Civil Veterinary Department. Central Provinces & Berar 1925-31 - 1925-1931
Year: 1925
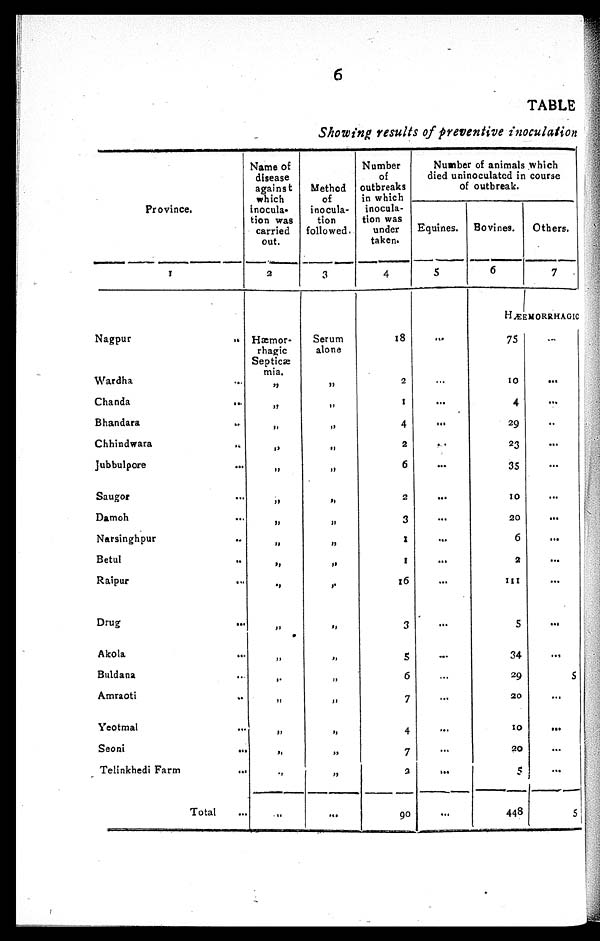
6
TABLE
Showing results of preventive inoculation
Province.
1
Nagpur
..
Wardha
...
Chanda
...
Bhandara ..
Chhindwara ..
Jubbulpore
...
Saugor ...
Damoh ...
Narsinghpur ...
Betul ...
Raipur
...
Drug ...
Akola ...
Buldana ...
Amraoti ..
Yeotmal ...
Seoni
...
Telinkhedi Farm
...
Total ...
Name of
disease
against
which
inocula-
tion was
carried
out.
2
Hæmor-
rhagic
Septicæ
mia.
„
„
„
„
„
„
„
„
„
„
„
„
„
„
„
„
„
...
Method
of
inocula-
tion
followed
3
Serum
alone
„
„
„
„
„
„
„
„
„
„
„
„
„
„
„
„
„
...
Number
of
outbreaks
in which
inocula-
tion was
under
taken.
4
18
2
1
4
2
6
2
3
1
1
16
3
5
6
7
4
7
2
90
Number of animals which
died uninoculated in course
of outbreak.
Equines.
5
...
...
...
...
..
...
...
...
...
...
...
...
...
...
...
...
...
...
...
Bovines.
6
Others.
7
HÆM
75
10
4
29
23
35
10
20
6
2
111
5
34
29
20
10
20
5
448
...
...
...
..
...
...
...
...
...
...
...
...
...
5
...
...
...
...
5